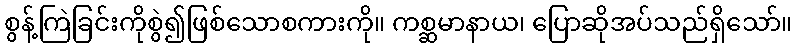
စွန့်ကြဲခြင်းကိုစွဲ၍ဖြစ်သောစကားကို။ ကစ္ဆမာနာယ၊ ပြောဆိုအပ်သည်ရှိသော်။